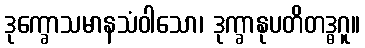
ဒုက္ခောသမာနသံဝါသော၊ ဒုက္ခာနုပတိတဒ္ဓဂူ။